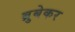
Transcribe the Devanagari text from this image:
ब्रुबेकर